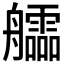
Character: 𦫃